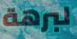
لبرهة